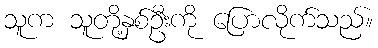
သူက သူတို့နှစ်ဦးကို ပြောလိုက်သည်။